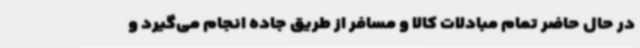
در حال حاضر تمام مبادلات کالا و مسافر از طریق جاده انجام می‌گیرد و